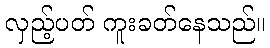
လှည့်ပတ် ကူးခတ်နေသည်။